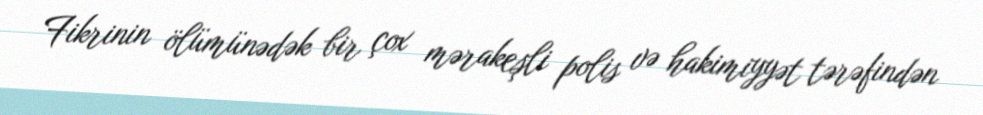
Fikrinin ölümünədək bir çox mərakeşli polis və hakimiyyət tərəfindən